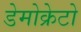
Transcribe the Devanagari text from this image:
डेमोक्रेटो